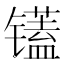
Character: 𫠁